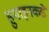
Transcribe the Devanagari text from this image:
हुमाइनकडे